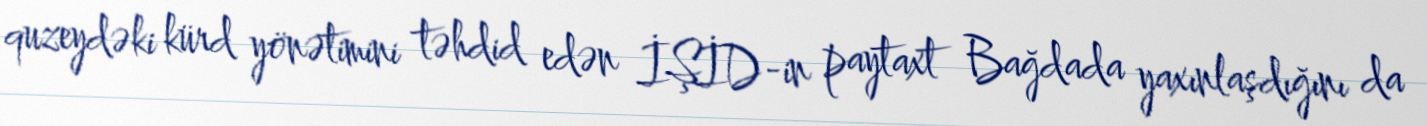
quzeydəki kürd yönətimini təhdid edən İŞİD-in paytaxt Bağdada yaxınlaşdığını da